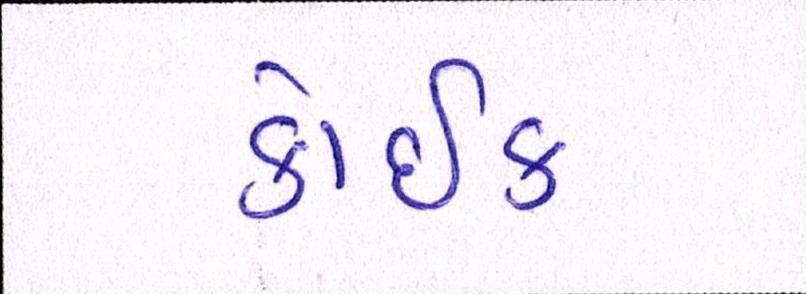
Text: કોઈક